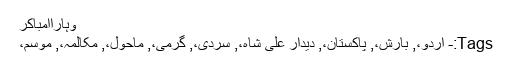
وہاراامباکر
Tags:- اردو،, بارش،, پاکستان،, دیدار علی شاہ،, سردی،, گرمی،, ماحول،, مکالمہ،, موسم،